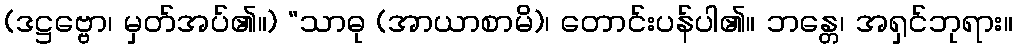
(ဒဋ္ဌဗ္ဗော၊ မှတ်အပ်၏။) “သာဓု (အာယာစာမိ)၊ တောင်းပန်ပါ၏။ ဘန္တေ၊ အရှင်ဘုရား။